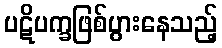
ပဋိပက္ခဖြစ်ပွားနေသည့်